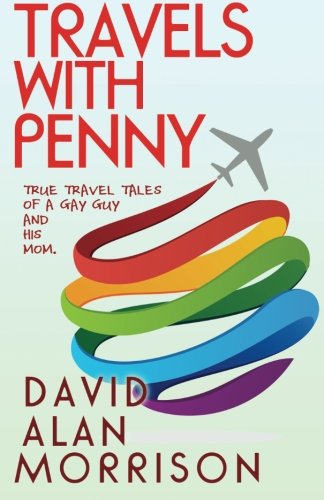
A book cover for Travels with Penny: True Tales of a Gay Guy and His Mother; David Alan Morrison; Gay & Lesbian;